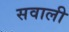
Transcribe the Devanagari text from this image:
सवाली